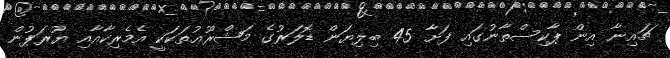
ޗައިނާ އިން ޕާކިސްތާނުގައި ފަށާ 45 ބިލިޔަން ޑޮލަރުގެ މަޝްރޫޢުތަކަކީ އެމެރިކާއާއި ޔޫރަޕުން